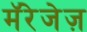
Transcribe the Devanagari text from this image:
मॅरेजेज़